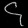
Digit: ၄